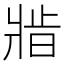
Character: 𬌆